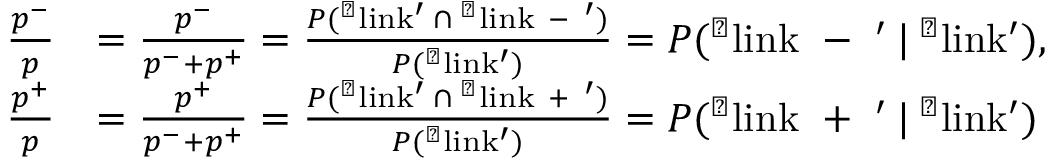
\begin{array} { r l } { \frac { p ^ { - } } { p } } & { = \frac { p ^ { - } } { p ^ { - } + p ^ { + } } = \frac { P ( \mathrm { ` l i n k ' } \: \cap \: \mathrm { ` l i n k ~ - ~ ' } ) } { P ( \mathrm { ` l i n k ' } ) } = P ( \mathrm { ` l i n k ~ - ~ ' } \: | \: \mathrm { ` l i n k ' } ) , } \\ { \frac { p ^ { + } } { p } } & { = \frac { p ^ { + } } { p ^ { - } + p ^ { + } } = \frac { P ( \mathrm { ` l i n k ' } \: \cap \: \mathrm { ` l i n k ~ + ~ ' } ) } { P ( \mathrm { ` l i n k ' } ) } = P ( \mathrm { ` l i n k ~ + ~ ' } \: | \: \mathrm { ` l i n k ' } ) } \end{array}